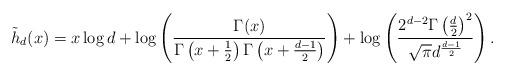
LaTeX: \begin{align*}\tilde{h}_d(x) = x\log d + \log\left(\frac{\Gamma(x)}{\Gamma\left(x+\frac{1}{2}\right)\Gamma\left(x+\frac{d-1}{2}\right)}\right)+\log\left(\frac{2^{d-2}\Gamma\left(\frac{d}{2}\right)^2}{\sqrt{\pi}d^{\frac{d-1}{2}}}\right).\end{align*}